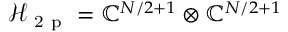
{ \mathcal { H } _ { \mathrm { ~ 2 ~ p ~ } } = \mathbb { C } ^ { N / 2 + 1 } \otimes \mathbb { C } ^ { N / 2 + 1 } }